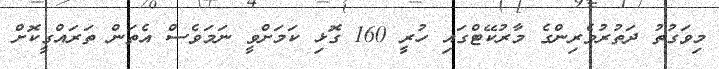
މިވަގުތު ދަތުރުވެރިންގެ މާރުކޭޓްގައި ހުރީ 160 ގޮޅި ކަމަށްވީ ނަމަވެސް އެތަން ތަރައްގީކޮށް